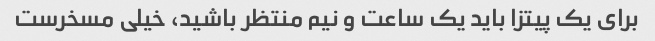
برای یک پیتزا باید یک ساعت و نیم منتظر باشید، خیلی مسخرست